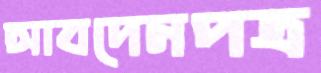
আবদেনপত্র